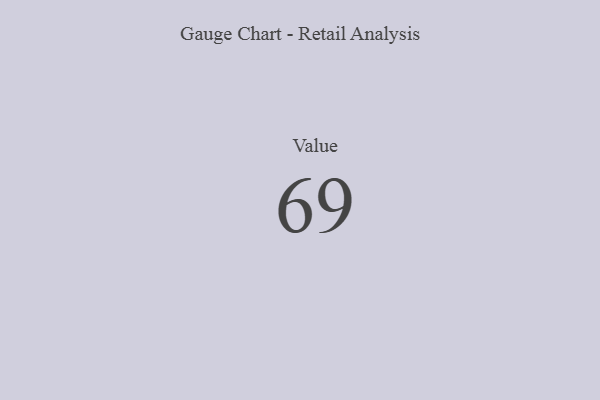
{"axis": {"x": "Metric", "y": "Value"}, "legend": [""], "data": [{"x": "Value", "y": 69, "type": ""}]}